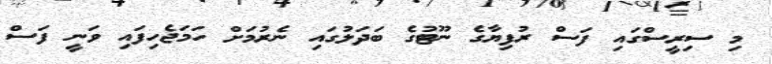
މި ސިރީސްގައި ފަސް ރުފިޔާގެ ނޫޓުގެ ބަދަލުގައި ނެރުމަށް ހަމަޖެހިފައި ވަނީ ފަސް